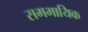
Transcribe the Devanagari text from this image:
सममायिक